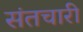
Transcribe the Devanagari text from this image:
संतचारी